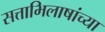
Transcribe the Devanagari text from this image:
सत्ताभिलाषांच्या